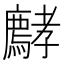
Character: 𡦵